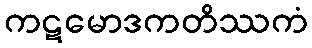
ကဋမောဒကတိဿကံ